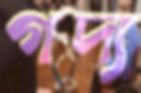
গদ্য